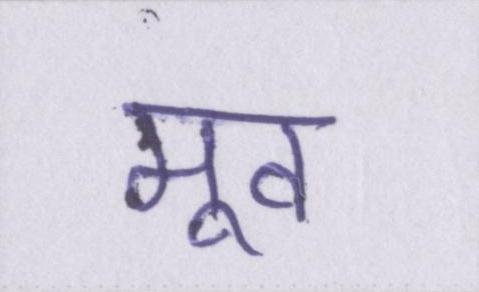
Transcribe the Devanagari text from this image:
मूव